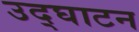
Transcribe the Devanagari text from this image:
उद्‌घाटन